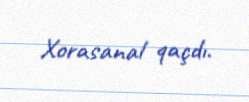
Xorasanal qaçdı.